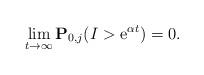
LaTeX: \begin{align*}\lim_{t\to\infty}\mathbf{P}_{0,j}(I > {\rm e}^{\alpha t}) = 0.\end{align*}